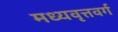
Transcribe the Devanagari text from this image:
मध्यवृत्तवर्ग